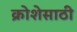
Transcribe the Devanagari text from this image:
क्रोशेसाठी